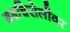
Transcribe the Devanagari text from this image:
गडचिरोलीवर